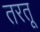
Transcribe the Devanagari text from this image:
तरतू